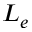
L _ { e }